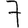
Digit: 7